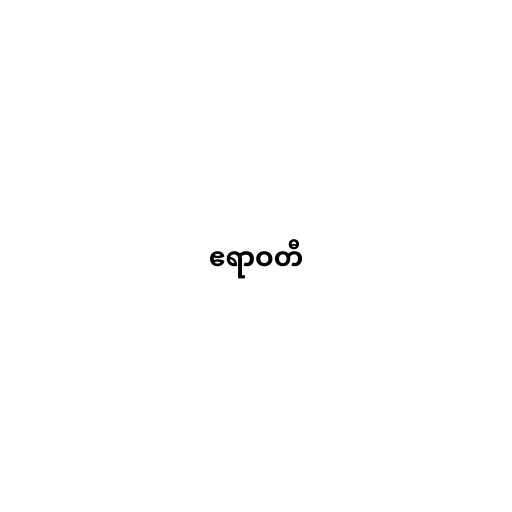
ဧရာဝတီ